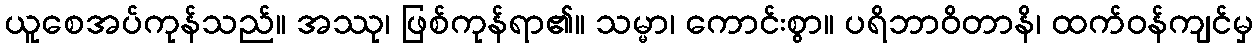
ယူစေအပ်ကုန်သည်။ အဿု၊ ဖြစ်ကုန်ရာ၏။ သမ္မာ၊ ကောင်းစွာ။ ပရိဘာဝိတာနိ၊ ထက်ဝန်ကျင်မှ